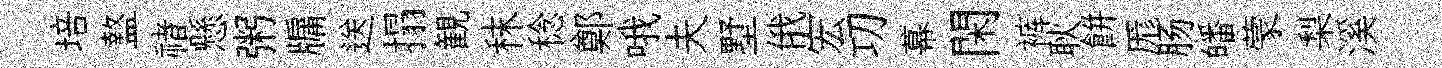
培盩禇懸粥牖送搨観秣稔鄭哦夫墅俄宏㓛幕閑裤耿餅厖肠皤蒙梨溪